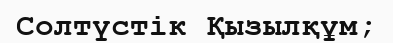
Солтүстік Қызылқұм;